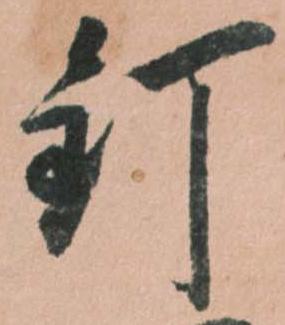
釘